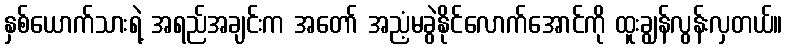
နှစ်ယောက်သားရဲ့ အရည်အချင်းက အတော် အညံ့မခွဲနိုင်လောက်အောင်ကို ထူးချွန်လွန်းလှတယ်။